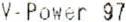
V-POWER 97